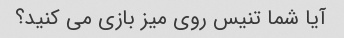
آیا شما تنیس روی میز بازی می کنید؟